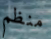
منظم